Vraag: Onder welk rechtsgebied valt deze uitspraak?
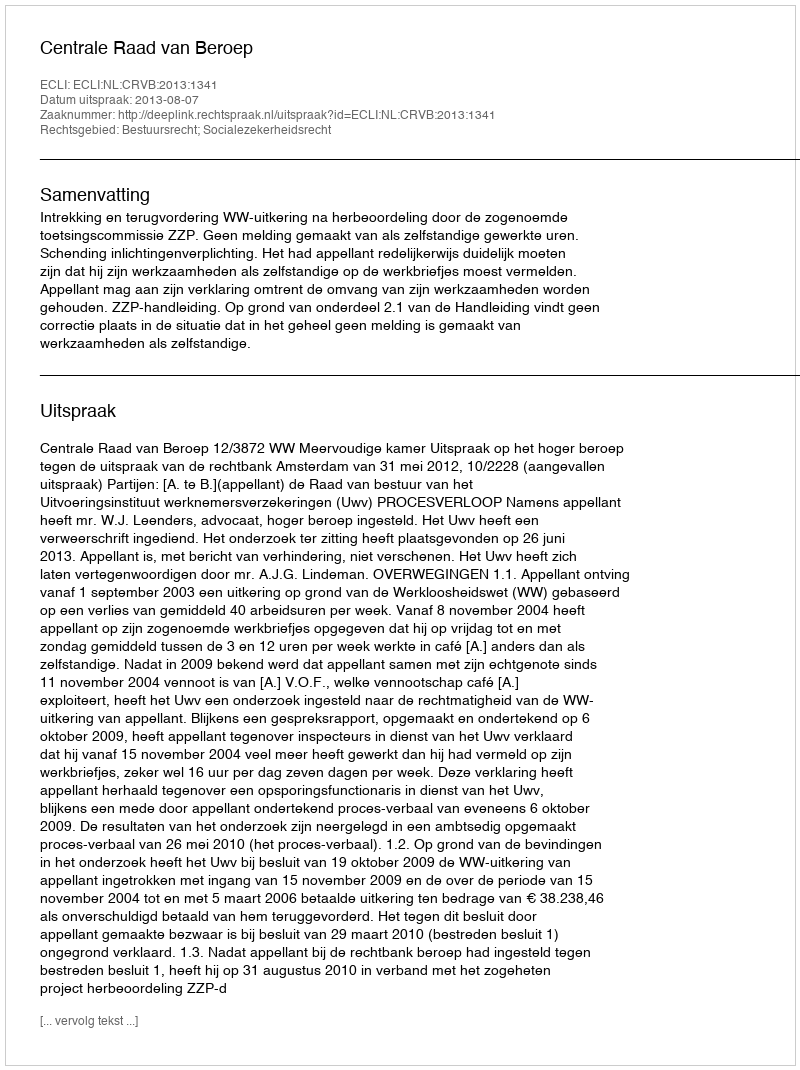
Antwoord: Bestuursrecht; Socialezekerheidsrecht